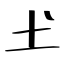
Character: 𡈽